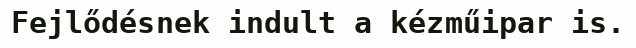
Fejlődésnek indult a kézműipar is.